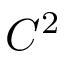
C ^ { 2 }